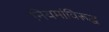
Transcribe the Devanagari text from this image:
नियमांविरूद्ध